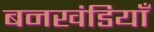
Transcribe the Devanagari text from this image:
बनखंडियाँ